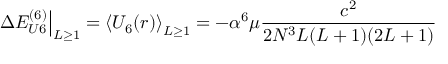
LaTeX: \left. \Delta E _ { U 6 } ^ { ( 6 ) } \right| _ { L \ge 1 } = \left\langle U _ { 6 } ( r ) \right\rangle _ { L \ge 1 } = - \alpha ^ { 6 } \mu \frac { c ^ { 2 } } { 2 N ^ { 3 } L ( L + 1 ) ( 2 L + 1 ) }